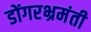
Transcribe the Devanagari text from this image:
डोंगरभ्रमंती